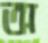
অ